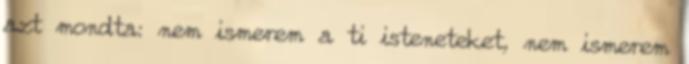
azt mondta: nem ismerem a ti isteneteket, nem ismerem